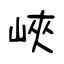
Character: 峽